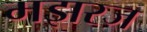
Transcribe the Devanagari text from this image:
मझरज